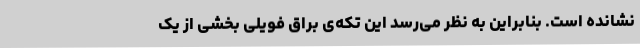
نشانده است. بنابراین به نظر می‌رسد این تکه‌ی براق فویلی بخشی از یک